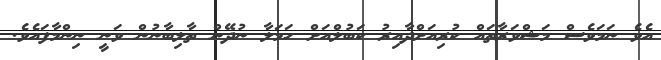
އެވެ ނަމަވެސް މަޝްވަރާތައް ކުރިއަށްދާއިރު ކަބުލްއަށް ހަމަލާ ނުދޭން ތާލިބާނުން ވަނީ ނިންމާފައެވެ.